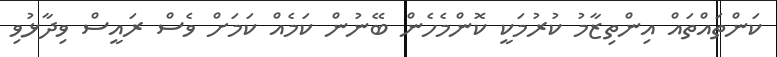
ކަންތައްތައް އިންތިޒާމު ކުރުމަކީ ކޮންމެހެން ބޭނުން ކަމެއް ކަމަށް ވެސް ރައީސް ވިދާޅުވި